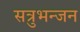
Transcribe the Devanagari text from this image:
सत्रुभन्जन